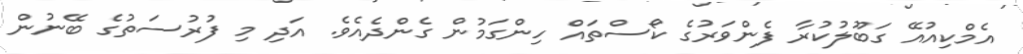
އެމްކިއުއޭ ގަބޫލުކުރާ ފެންވަރުގެ ކޯސްތައް ހިންގަމުން ގެންދެއެވެ. އަދި މި ފުރުސަތުގެ ބޭނުން